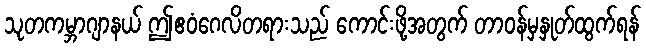
သုတကမ္ဘာဂျာနယ် ဤဧဝံဂေလိတရားသည် ကောင်းဖို့အတွက် တာဝန်မှနှုတ်ထွက်ရန်